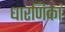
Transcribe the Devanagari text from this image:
धारणिकां